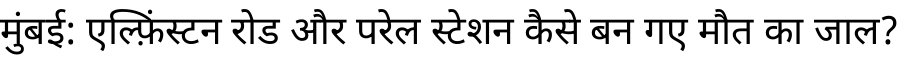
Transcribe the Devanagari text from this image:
मुंबई: एल्फ़िंस्टन रोड और परेल स्टेशन कैसे बन गए मौत का जाल?